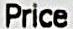
PRICE